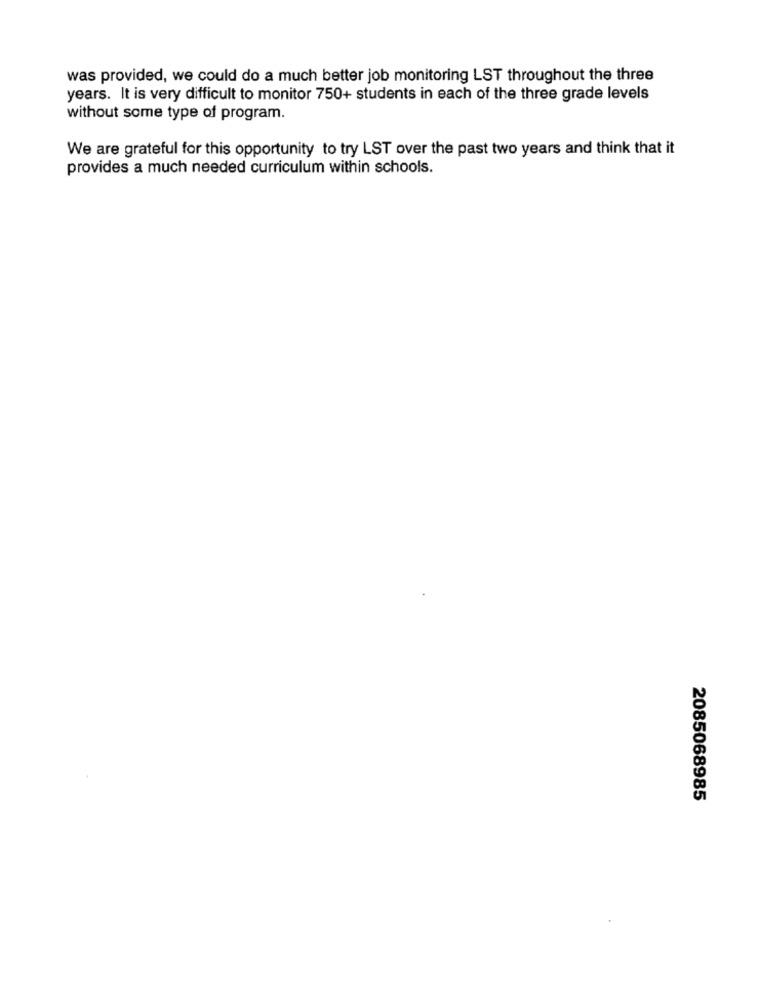
was provided, we could do a much better job monitoring LST throughout the three
years. It is very difficult to monitor 750+ students in each of the three grade levels
without some type of program.
We are grateful for this opportunity to try LST over the past two years and think that it
provides a much needed curriculum within schools.
2085068985